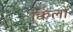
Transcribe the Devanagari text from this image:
क्विलों